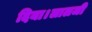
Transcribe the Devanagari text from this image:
दिया।लालजी